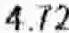
4.72